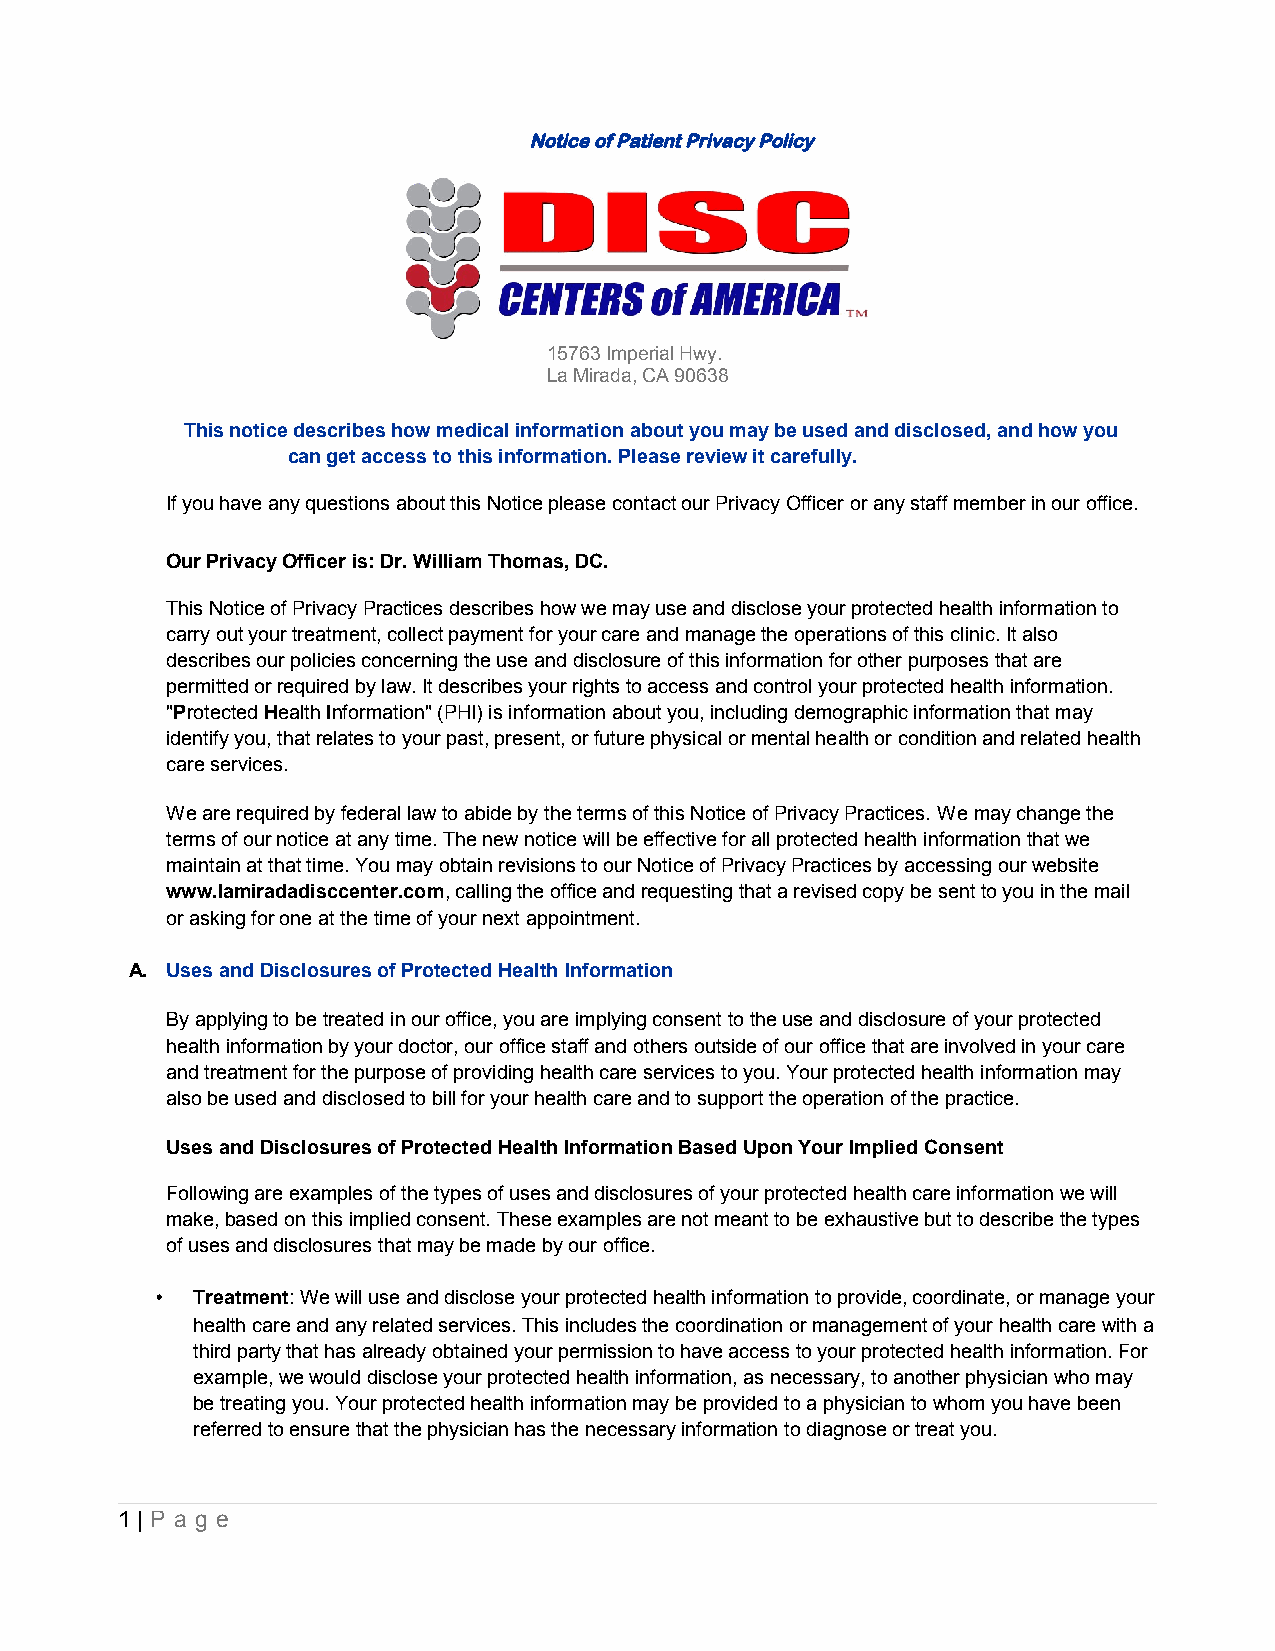
Notice of Patient Privacy Policy
 15763 Imperial Hwy.
 La Mirada, CA 90638
 This notice describes how medical information about you may be used and disclosed, and how you
 can get access to this information. Please review it carefully.
 If you have any questions about this Notice please contact our Privacy Officer or any staff member in our office.
 Our Privacy Officer is: Dr. William Thomas, DC.
 This Notice of Privacy Practices describes how we may use and disclose your protected health information to
 carry out your treatment, collect payment for your care and manage the operations of this clinic. It also
 describes our policies concerning the use and disclosure of this information for other purposes that are
 permitted or required by law. It describes your rights to access and control your protected health information.
 "Protected Health Information" (PHI) is information about you, including demographic information that may
 identify you, that relates to your past, present, or future physical or mental health or condition and related health
 care services.
 Weare required by federal law to abide by the terms of this Notice of Privacy Practices. Wemay change the
 terms of our notice at any time. The new notice will be effective for all protected health information that we
 maintain at that time. You may obtain revisions to our Notice of Privacy Practices by accessing our website
 www.lamiradadisccenter.com, calling the office and requesting that a revised copy be sent to you in the mail
 or asking for one at the time of your next appointment.
 A. Uses and Disclosures of Protected Health Information
 By applying to be treated in our office, you are implying consent to the use and disclosure of your protected
 health information by your doctor, our office staff and others outside of our office that are involved in your care
 and treatment for the purpose of providing health care services to you. Your protected health information may
 also be used and disclosed to bill for your health care and to support the operation of the practice.
 Uses and Disclosures of Protected Health Information Based Upon Your Implied Consent
 Following are examples of the types of uses and disclosures of your protected health care information we will
 make, based on this implied consent. These examples are not meant to be exhaustive but to describe the types
 of uses and disclosures that may be made by our office.
 •  Treatment: We will use and disclose your protected health information to provide, coordinate, or manage your
 health care and any related services. This includes the coordination or management of your health care with a
 third party that has already obtained your permission to have access to your protected health information. For
 example, we would disclose your protected health information, as necessary, to another physician who may
 be treating you. Your protected health information may be provided to a physician to whom you have been
 referred to ensure that the physician has the necessary information to diagnose or treat you.
 1 | P a g e